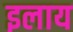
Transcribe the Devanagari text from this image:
इलाय